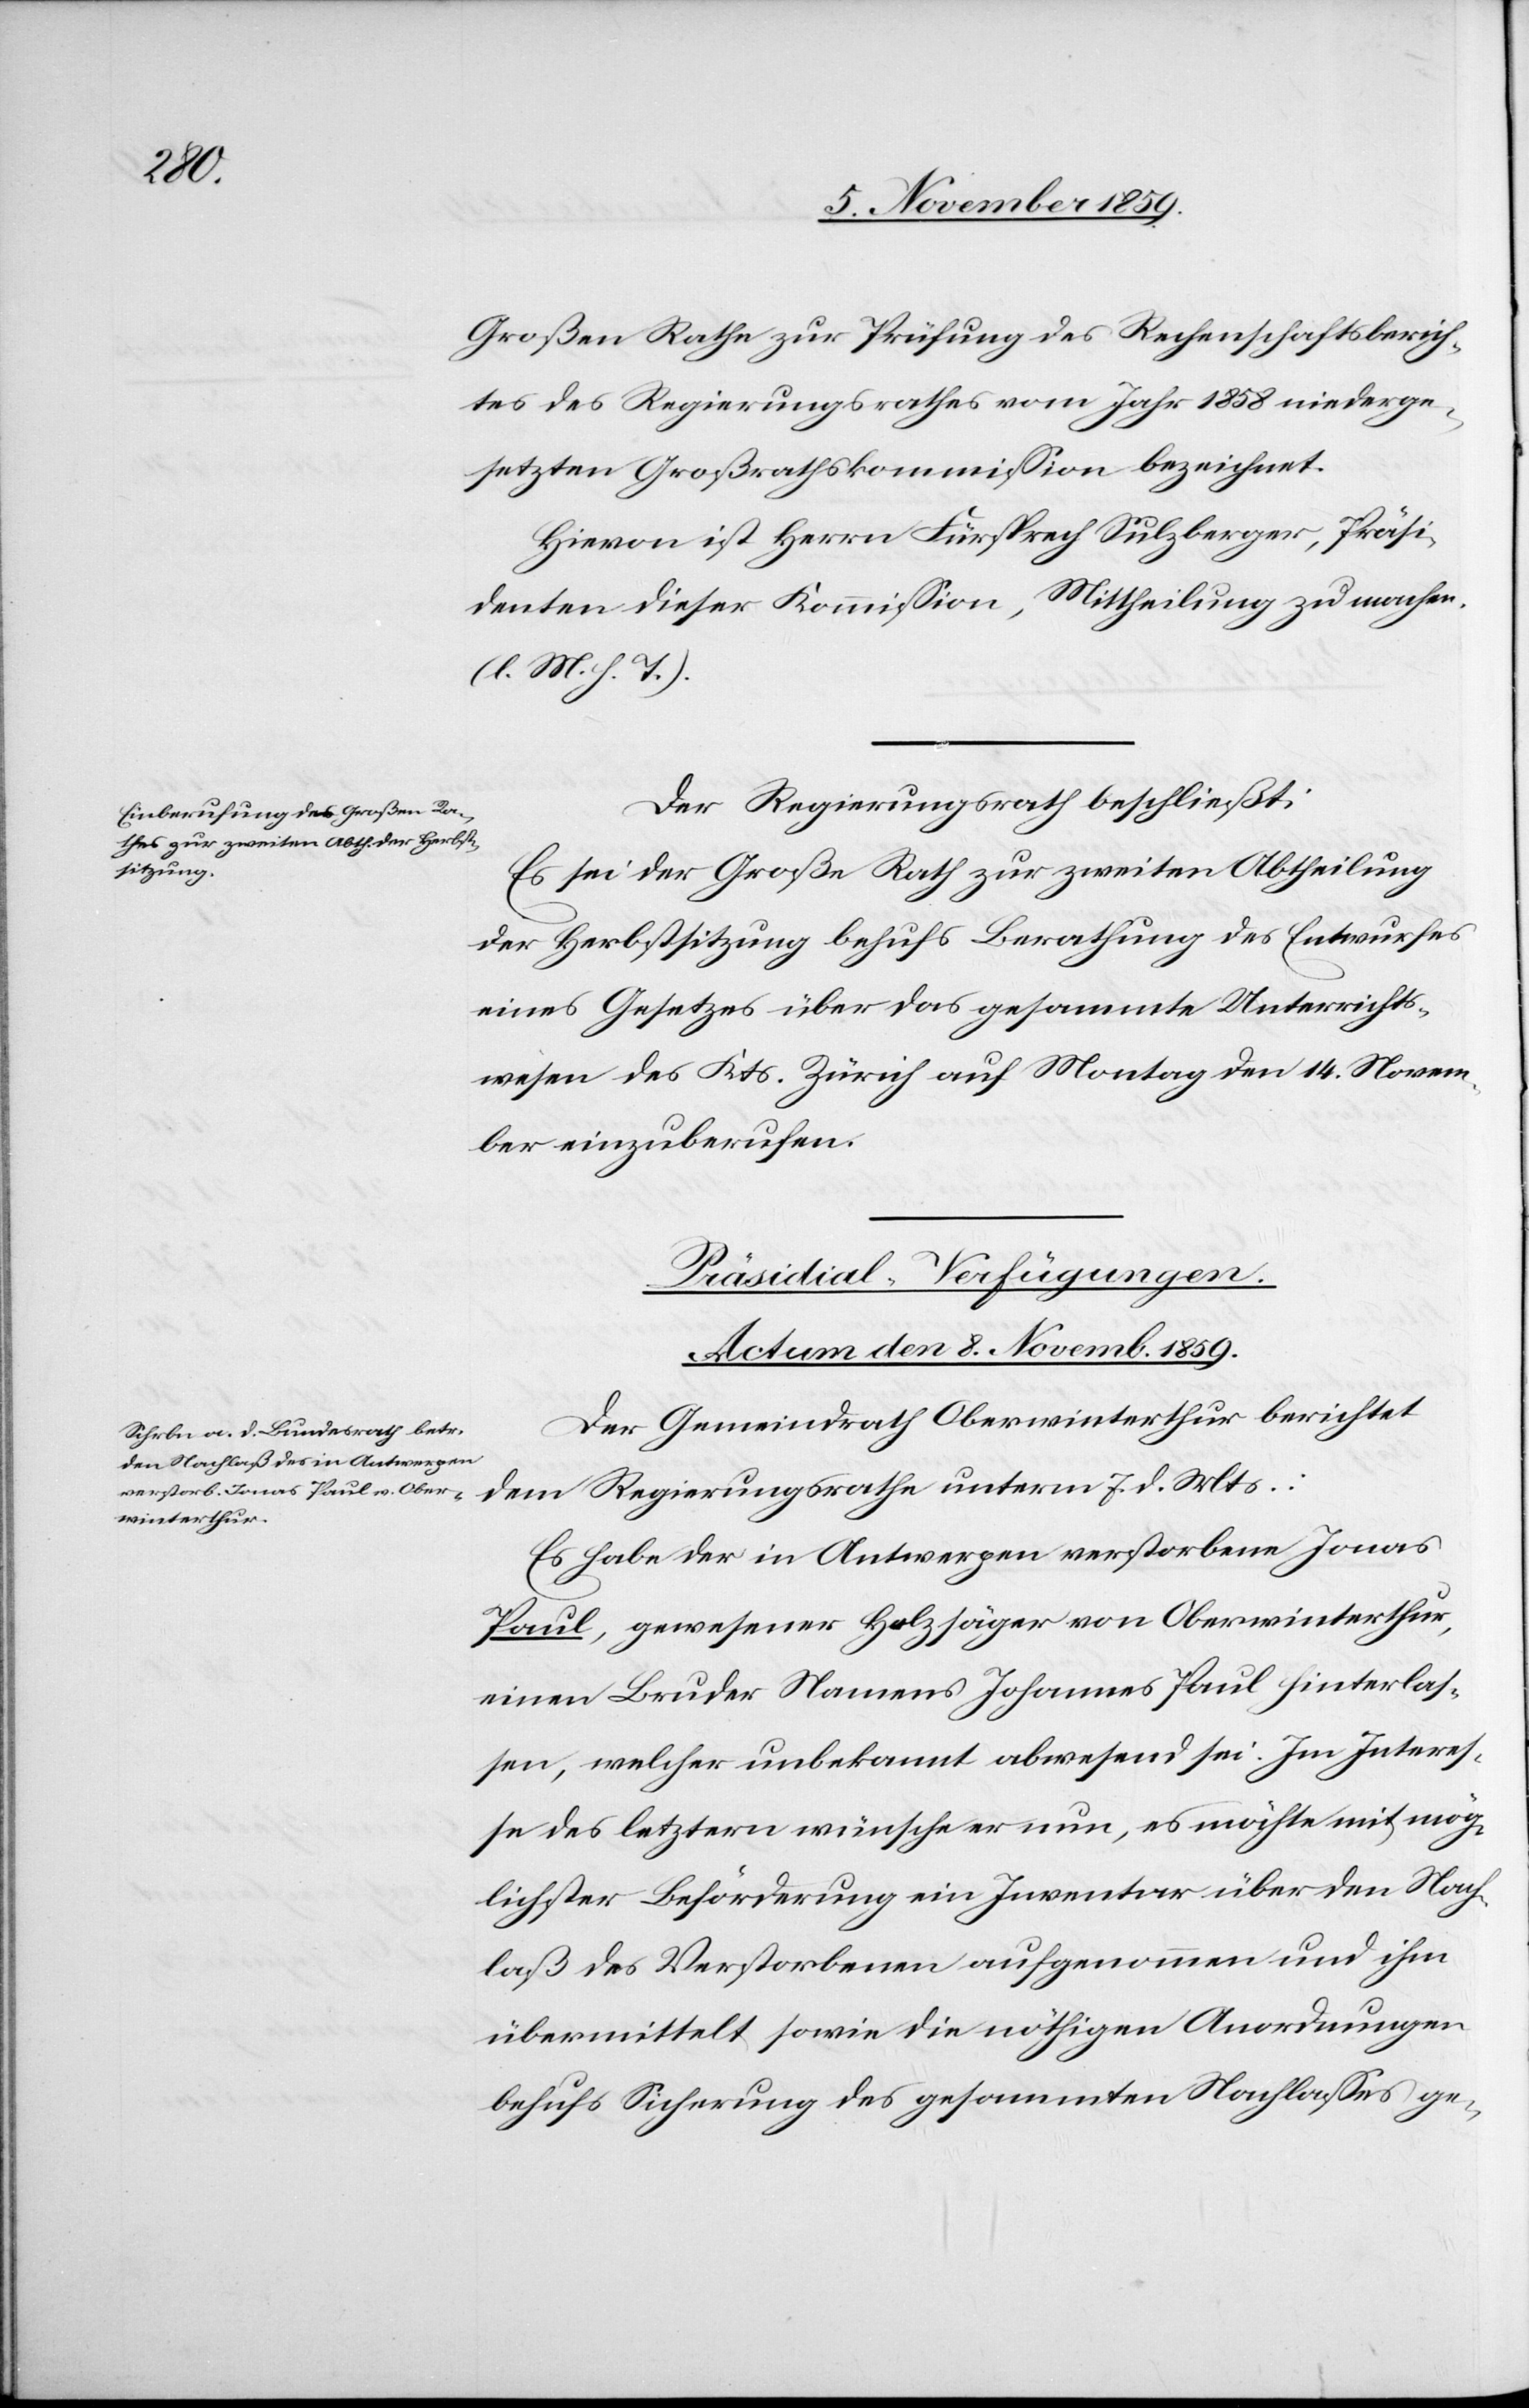
Großen Rathe zur Prüfung des Rechenschaftsberich¬
tes des Regierungsrathes vom Jahr 1858 niederge¬
setzten Großrathskommission bezeichnet.
Hievon ist Herrn Fürsprech Sulzberger, Präsi¬
denten dieser Kommission, Mittheilung zu machen.
(l. M. h. T.)
Der Regierungsrath beschließt:
Es sei der Große Rath zur zweiten Abtheilung
der Herbstsitzung behufs Berathung des Entwurfes
eines Gesetzes über das gesammte Unterrichts¬
wesen des Kts. Zürich auf Montag den 14. Novem¬
ber einzuberufen.
Präsidial-Verfügungen.
Actum den 8. Novemb. 1859.
Der Gemeindrath Oberwinterthur berichtet
dem Regierungsrathe unterm 7. d. Mts:
Es habe der in Antwerpen verstorbene Jonas
Paul, gewesener Holzsäger von Oberwinterthur,
einen Bruder Namens Johannes Paul hinterlas¬
sen, welcher unbekannt abwesend sei. Im Interes¬
se des letztern wünsche er nun, es möchte mit mög¬
lichster Beförderung ein Inventar über den Nach¬
laß des Verstorbenen aufgenommen und ihm
übermittelt sowie die nöthigen Anordnungen
behufs Sicherung des gesammten Nachlasses ge-